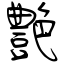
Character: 艶